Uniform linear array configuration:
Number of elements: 16
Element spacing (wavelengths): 1
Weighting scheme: exponential
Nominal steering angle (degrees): -30
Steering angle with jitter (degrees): -29.311
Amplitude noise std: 0.05
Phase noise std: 0.05

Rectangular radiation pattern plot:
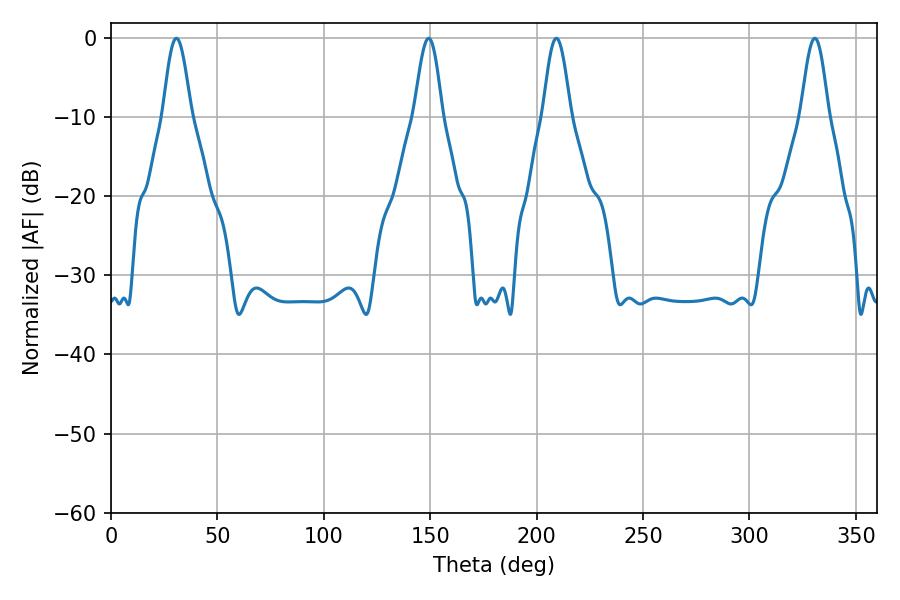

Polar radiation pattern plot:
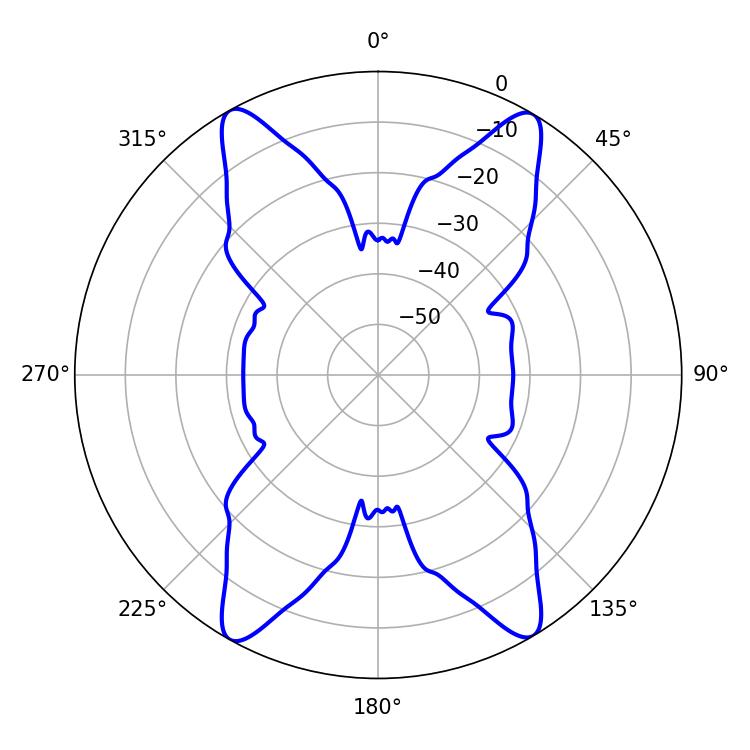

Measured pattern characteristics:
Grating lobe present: TRUE
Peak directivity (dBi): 23.639
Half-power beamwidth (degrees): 7.02
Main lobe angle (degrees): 30.78